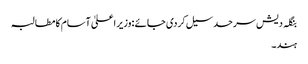
بنگلہ دیش سرحد سیل کردی جا ئے :وزیر اعلیٰ آسام کا مطالبہ
ہند۔